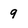
Character: 9